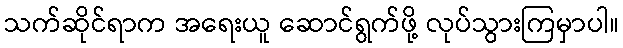
သက်ဆိုင်ရာက အရေးယူ ဆောင်ရွက်ဖို့ လုပ်သွားကြမှာပါ။